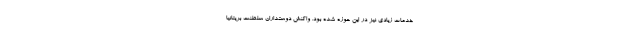
خدمات زیادی نیز در این حوزه شده بود. واکنش دوستداران سلطنت بریتانیا